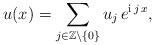
LaTeX: \begin{align*}u(x)=\sum_{j\in\mathbb{Z}\setminus\{0\}} u_j\,e^{\mathrm{i}\,j\,x},\end{align*}